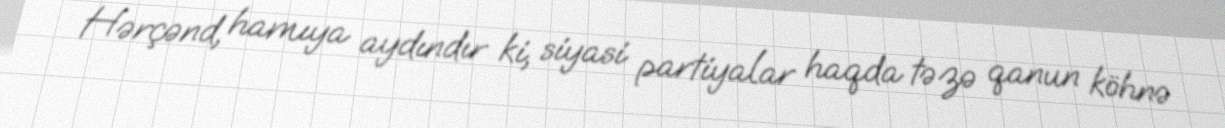
Hərçənd, hamıya aydındır ki, siyasi partiyalar haqda təzə qanun köhnə